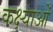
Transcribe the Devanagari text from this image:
कक्ष्याओं